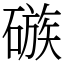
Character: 䃚